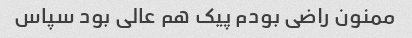
ممنون راضی بودم پیک هم عالی بود سپاس